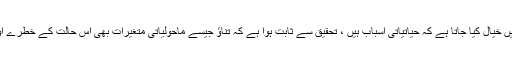
اگرچہ پی ایم ڈی ڈی کے بارے میں خیال کیا جاتا ہے کہ حیاتیاتی اسباب ہیں ، تحقیق سے ثابت ہوا ہے کہ تناؤ جیسے ماحولیاتی متغیرات بھی اس حالت کے خطرے اور شدت میں اضافہ کرسکتے ہیں۔